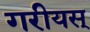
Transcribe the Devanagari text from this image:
गरीयस्‌